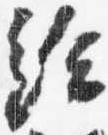
給